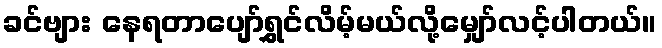
ခင်ဗျား နေရတာပျော်ရွှင်လိမ့်မယ်လို့မျှော်လင့်ပါတယ်။